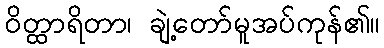
ဝိတ္ထာရိတာ၊ ချဲ့တော်မူအပ်ကုန်၏။